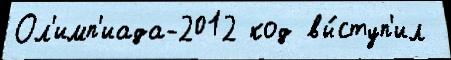
Ол'имп'иада-2012 код вы́ступ'ил